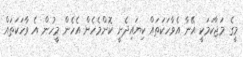
މީގެ މަޖާކަމަކީ އޭނާ އެވާހަކަތައް ކިޔައިދެނީ ކޮންމެެހެން އެހެން މީހުން އެ ވާހަކަތައް